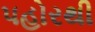
પહોરથી